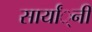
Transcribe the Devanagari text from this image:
सार्यां्नी